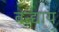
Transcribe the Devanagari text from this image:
वन्द्याय